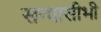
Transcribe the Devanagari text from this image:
सन्यासीभी